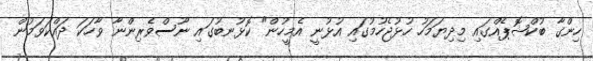
ހިންގާ ބުކްޝޮޕެއްގައި މިދިޔަމަހު ހުޅުޖެހުމުގައި އުޅުނީ އެމީހުން" ކޮޅުނބުގައި ނޫސްވެރިންނާ ވާހަކަ ދައްކަވަމުން